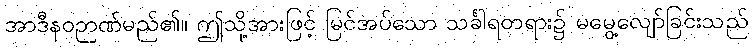
အာဒီနဝဉာဏ်မည်၏။ ဤသို့အားဖြင့် မြင်အပ်သော သင်္ခါရတရား၌ မမွေ့လျော်ခြင်းသည်